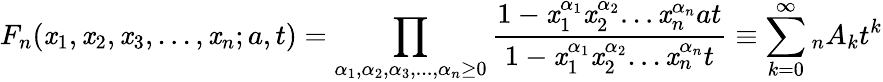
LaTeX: F_{n}(\mathit{x}_{1},\mathit{x}_{2},\mathit{x}_{3},...,\mathit{x}_{n};a,t)=\prod_{\alpha_{1},\alpha_{2},\alpha_{3},...,\alpha_{n}\geq0}\frac{{1-\mathit{x}_{1}^{\alpha_{1}}\mathit{x}_{2}^{\alpha_{2}}...\mathit{x}_{n}^{\alpha_{n}}at}}{{1-\mathit{x}_{1}^{\alpha_{1}}\mathit{x}_{2}^{\alpha_{2}}...\mathit{x}_{n}^{\alpha_{n}}t}}\equiv\sum_{k=0}^{\infty}{_{n}}{A_{k}}t^{k}